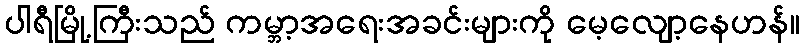
ပါရီမြို့ကြီးသည် ကမ္ဘာ့အရေးအခင်းများကို မေ့လျော့နေဟန်။